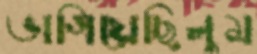
ভাগিয়েছিলুম